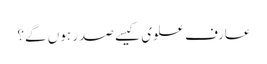
عارف علوی کیسے صدر ہوں گے؟